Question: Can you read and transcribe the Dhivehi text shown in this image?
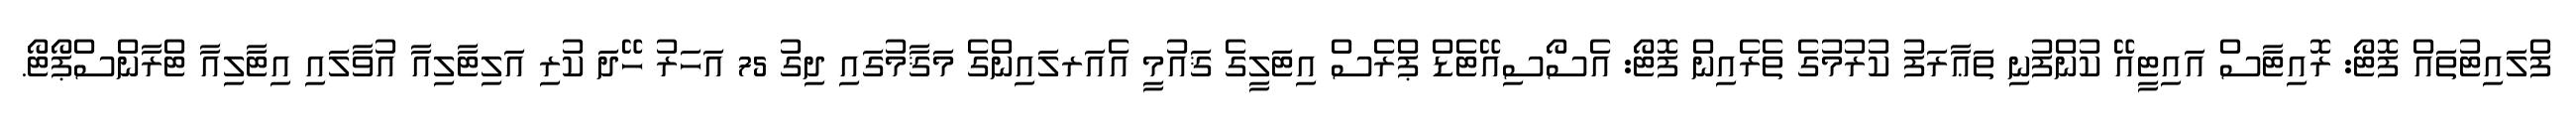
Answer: ފްލައިޓުތައް ފޮޓޯ: ރޮއިޓާސް އައިޓީއޭ ކުންފުނި ތަޢާރަފު ކުރުމުގެ ތެރެއިން ފޮޓޯ: އެސޯސިއޭޓެޑް ޕްރެސް އިޓަލީގެ ޤައުމީ އެއަރލައިންގެ މަޤާމުގައި ދިގު 75 އަހަރު ހޭދަ ކުރި އަލިޓާލިއާ އުވާލައި އިޓާލިއާ ޓްރާންސްޕޯޓޯ.